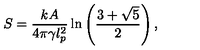
S = \frac { k A } { 4 \pi \gamma l _ { p } ^ { 2 } } \ln \left( \frac { 3 + \sqrt { 5 } } { 2 } \right) ,